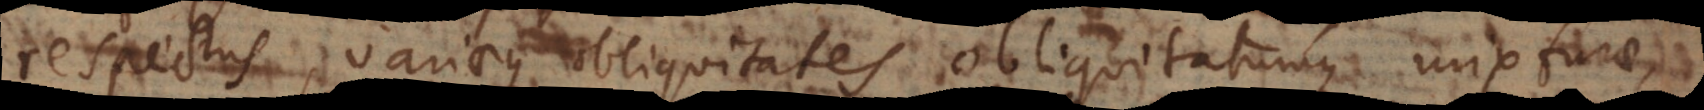
respectus, variaeque obliquitates obliquitatumque mixturae,